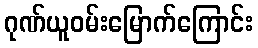
ဂုဏ်ယူဝမ်းမြောက်ကြောင်း